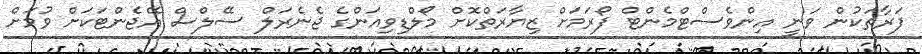
ފަރާތަކުން ވަނީ އިންވެސްޓްމެންޓް ފޯރަމަށް ޒިޔާރަތްކޮށް މޯލްޑިވިއަންގެ ޖެނެރަލް ސޭލްސް އޭޖެންޓަކަށް ވުމަށް